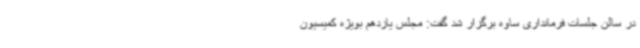
در سالن جلسات فرمانداری ساوه برگزار شد گفت: مجلس یازدهم بویژه کمیسیون